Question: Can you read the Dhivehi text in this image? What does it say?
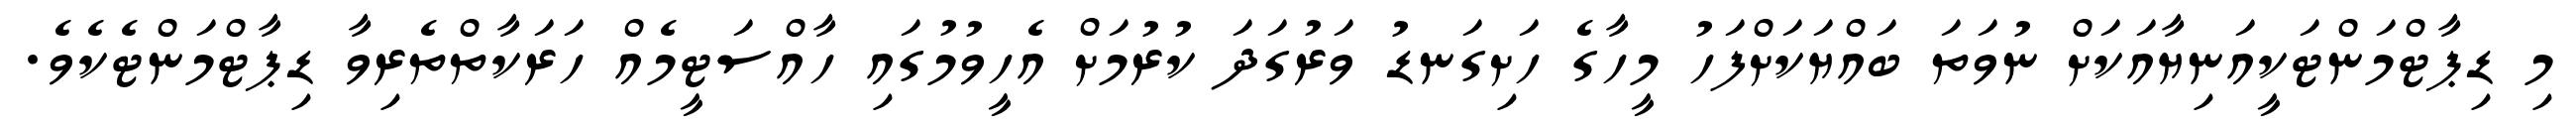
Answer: މި ޑިޕާޓްމަންޓަކީއަނިޔާއަކަށް ނުވަތަ ބައްޔަކަށްފަހު މީހާގެ ހަށިގަނޑު ވަރުގަދަ ކުރުމަށް އެހީވުމުގައި ހާއްސަޓީމެއް ހަރަކާތްތެރިވާ ޑިޕާޓްމަންޓެކެވެ.